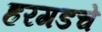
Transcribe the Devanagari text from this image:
हरगडचे